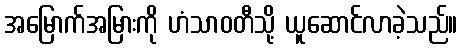
အမြောက်အမြားကို ဟံသာဝတီသို့ ယူဆောင်လာခဲ့သည်။